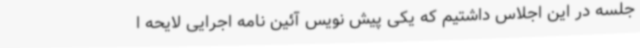
جلسه در این اجلاس داشتیم که یکی پیش نویس آئین نامه اجرایی لایحه ا